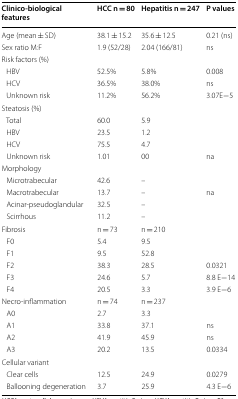
<table><thead><tr><td><b>Clinico-biological features</b></td><td><b>HCC n = 80</b></td><td><b>Hepatitis n = 247</b></td><td><b>P values</b></td></tr></thead><tbody><tr><td>Age (mean ± SD)</td><td>38.1 ± 15.2</td><td>35.6 ± 12.5</td><td>0.21 (ns)</td></tr><tr><td>Sex ratio M:F</td><td>1.9 (52/28)</td><td>2.04 (166/81)</td><td>ns</td></tr><tr><td colspan="4">Risk factors (%)</td></tr><tr><td> HBV</td><td>52.5%</td><td>5.8%</td><td>0.008</td></tr><tr><td> HCV</td><td>36.5%</td><td>38.0%</td><td>ns</td></tr><tr><td> Unknown risk</td><td>11.2%</td><td>56.2%</td><td>3.07E−5</td></tr><tr><td colspan="4">Steatosis (%)</td></tr><tr><td> Total</td><td>60.0</td><td>5.9</td><td>[EMPTY_CELL]</td></tr><tr><td> HBV</td><td>23.5</td><td>1.2</td><td>[EMPTY_CELL]</td></tr><tr><td> HCV</td><td>75.5</td><td>4.7</td><td>[EMPTY_CELL]</td></tr><tr><td> Unknown risk</td><td>1.01</td><td>00</td><td>na</td></tr><tr><td colspan="4">Morphology</td></tr><tr><td> Microtrabecular</td><td>42.6</td><td>–</td><td>[EMPTY_CELL]</td></tr><tr><td> Macrotrabecular</td><td>13.7</td><td>–</td><td>na</td></tr><tr><td> Acinar-pseudoglandular</td><td>32.5</td><td>–</td><td>[EMPTY_CELL]</td></tr><tr><td> Scirrhous</td><td>11.2</td><td>–</td><td>[EMPTY_CELL]</td></tr><tr><td>Fibrosis</td><td>n = 73</td><td>n = 210</td><td>[EMPTY_CELL]</td></tr><tr><td> F0</td><td>5.4</td><td>9.5</td><td>[EMPTY_CELL]</td></tr><tr><td> F1</td><td>9.5</td><td>52.8</td><td>[EMPTY_CELL]</td></tr><tr><td> F2</td><td>38.3</td><td>28.5</td><td>0.0321</td></tr><tr><td> F3</td><td>24.6</td><td>5.7</td><td>8.8 E−14</td></tr><tr><td> F4</td><td>20.5</td><td>3.3</td><td>3.9 E−6</td></tr><tr><td>Necro-inflammation</td><td>n = 74</td><td>n = 237</td><td>[EMPTY_CELL]</td></tr><tr><td> A0</td><td>2.7</td><td>3.3</td><td>[EMPTY_CELL]</td></tr><tr><td> A1</td><td>33.8</td><td>37.1</td><td>ns</td></tr><tr><td> A2</td><td>41.9</td><td>45.9</td><td>ns</td></tr><tr><td> A3</td><td>20.2</td><td>13.5</td><td>0.0334</td></tr><tr><td colspan="4">Cellular variant</td></tr><tr><td> Clear cells</td><td>12.5</td><td>24.9</td><td>0.0279</td></tr><tr><td> Ballooning degeneration</td><td>3.7</td><td>25.9</td><td>4.3 E−6</td></tr></tbody></table>